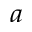
_ a